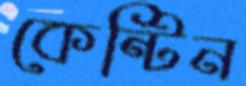
কেন্টিন